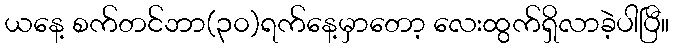
ယနေ့ စက်တင်ဘာ(၃၀)ရက်နေ့မှာတော့ လေးထွက်ရှိလာခဲ့ပါပြီ။